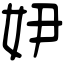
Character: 𡛂